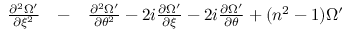
\begin{array} { r l r } { \frac { \partial ^ { 2 } \Omega ^ { \prime } } { \partial \xi ^ { 2 } } } & { { } - } & { \frac { \partial ^ { 2 } \Omega ^ { \prime } } { \partial \theta ^ { 2 } } - 2 i \frac { \partial \Omega ^ { \prime } } { \partial \xi } - 2 i \frac { \partial \Omega ^ { \prime } } { \partial \theta } + ( n ^ { 2 } - 1 ) \Omega ^ { \prime } } \end{array}